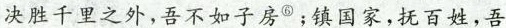
决胜千里之外，吾不如子房^{③}；镇国家，抚百姓，吾